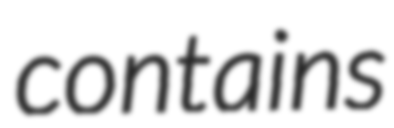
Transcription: contains